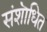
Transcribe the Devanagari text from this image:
संशॊधित